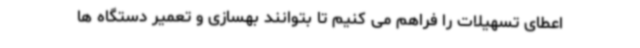
اعطای تسهیلات را فراهم می کنیم تا بتوانند بهسازی و تعمیر دستگاه ها